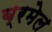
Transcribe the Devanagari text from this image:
ब्रमेल